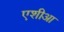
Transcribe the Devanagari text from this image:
एशीआ